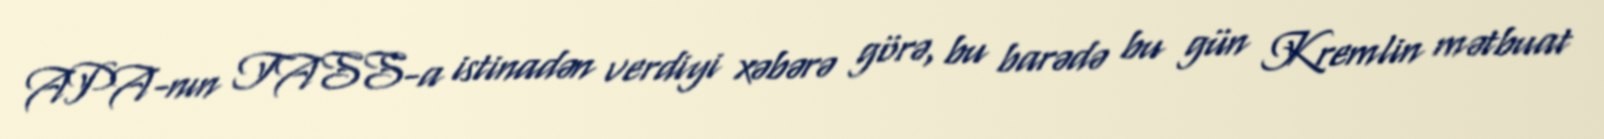
APA-nın TASS-a istinadən verdiyi xəbərə görə, bu barədə bu gün Kremlin mətbuat